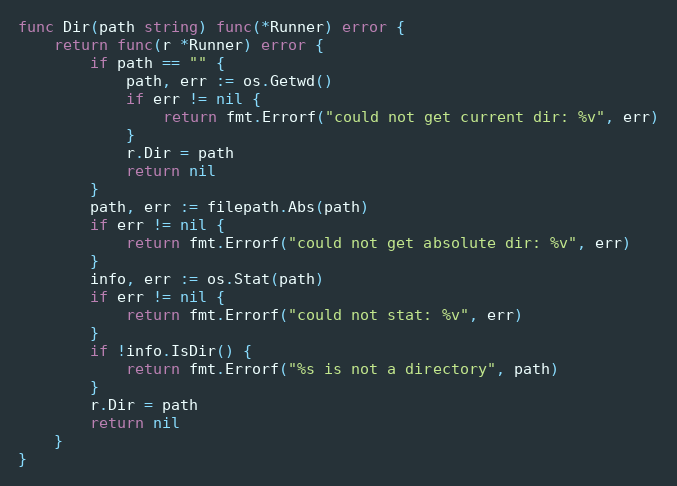
Language: Go
func Dir(path string) func(*Runner) error {
	return func(r *Runner) error {
		if path == "" {
			path, err := os.Getwd()
			if err != nil {
				return fmt.Errorf("could not get current dir: %v", err)
			}
			r.Dir = path
			return nil
		}
		path, err := filepath.Abs(path)
		if err != nil {
			return fmt.Errorf("could not get absolute dir: %v", err)
		}
		info, err := os.Stat(path)
		if err != nil {
			return fmt.Errorf("could not stat: %v", err)
		}
		if !info.IsDir() {
			return fmt.Errorf("%s is not a directory", path)
		}
		r.Dir = path
		return nil
	}
}